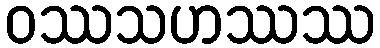
ဝဿသဟဿဿ